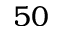
5 0